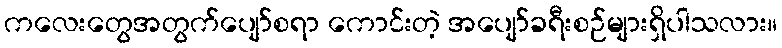
ကလေးတွေအတွက်ပျော်စရာ ကောင်းတဲ့ အပျော်ခရီးစဉ်များရှိပါသလား။